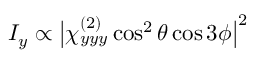
I _ { y } \propto \big | \chi _ { y y y } ^ { ( 2 ) } \cos ^ { 2 } \theta \cos 3 \phi \big | ^ { 2 }